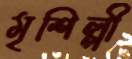
মৃশিল্পী